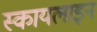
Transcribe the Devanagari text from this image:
स्कायलाइन